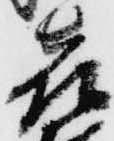
喜